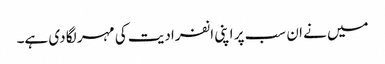
میں نے ان سب پر اپنی انفرادیت کی مہر لگا دی ہے۔